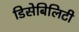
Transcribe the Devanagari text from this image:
डिसेबिलिटी